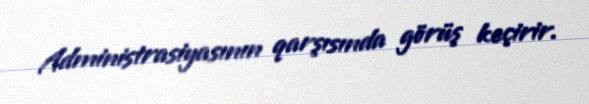
Administrasiyasının qarşısında görüş keçirir.